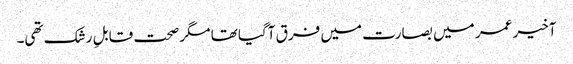
آخیر عمر میں بصارت میں فرق آگیا تھا مگر صحت قابلِ رشک تھی۔